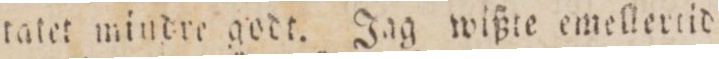
tatet mindre godt. Jag wißte emellertid